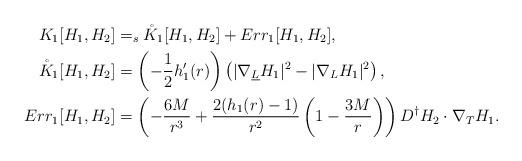
LaTeX: \begin{align*}K_1[H_1,H_2]&=_s\mathring{K}_1[H_1,H_2]+Err_1[H_1,H_2],\\\mathring{K}_1[H_1,H_2]&=\left(-\frac{1}{2}h_1'(r)\right)\left( |\nabla_{\underline{L}}H_1|^2-|\nabla_L H_1|^2 \right),\\Err_1[H_1,H_2]&=\left( -\frac{6M}{r^3}+\frac{2(h_1(r)-1)}{r^2}\left(1-\frac{3M}{r} \right) \right) D^\dagger H_2\cdot \nabla_T H_1.\end{align*}